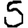
Digit: 5